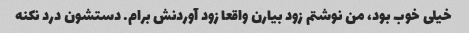
خیلی خوب بود، من نوشتم زود بیارن واقعا زود آوردنش برام. دستشون درد نکنه